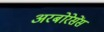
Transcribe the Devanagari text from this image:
अरबोरेसेंस